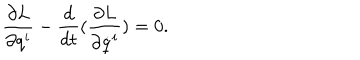
LaTeX: \frac { \partial { L } } { \partial q ^ { i } } - \frac { d } { d t } ( \frac { \partial { L } } { \partial \dot { q } ^ { i } } ) = 0 .